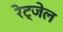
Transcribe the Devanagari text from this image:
रेट्जेल